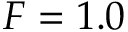
F = 1 . 0